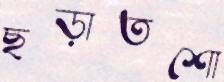
ছড়াতশো